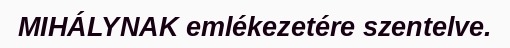
MIHÁLYNAK emlékezetére szentelve.